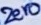
Text: ZERO